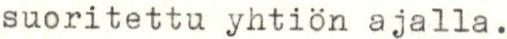
suoritettu yhtiön ajalla.